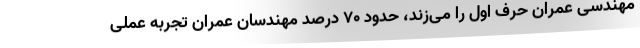
مهندسی عمران حرف اول را می‌زند، حدود ۷۰ درصد مهندسان عمران تجربه عملی